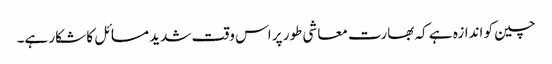
چین کو اندازہ ہے کہ بھارت معاشی طور پر اس وقت شدید مسائل کا شکار ہے۔